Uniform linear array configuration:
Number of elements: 16
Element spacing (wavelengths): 1
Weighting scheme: blackman
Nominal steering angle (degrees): -45
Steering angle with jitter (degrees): -45.348
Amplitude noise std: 0.05
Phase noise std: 0.05

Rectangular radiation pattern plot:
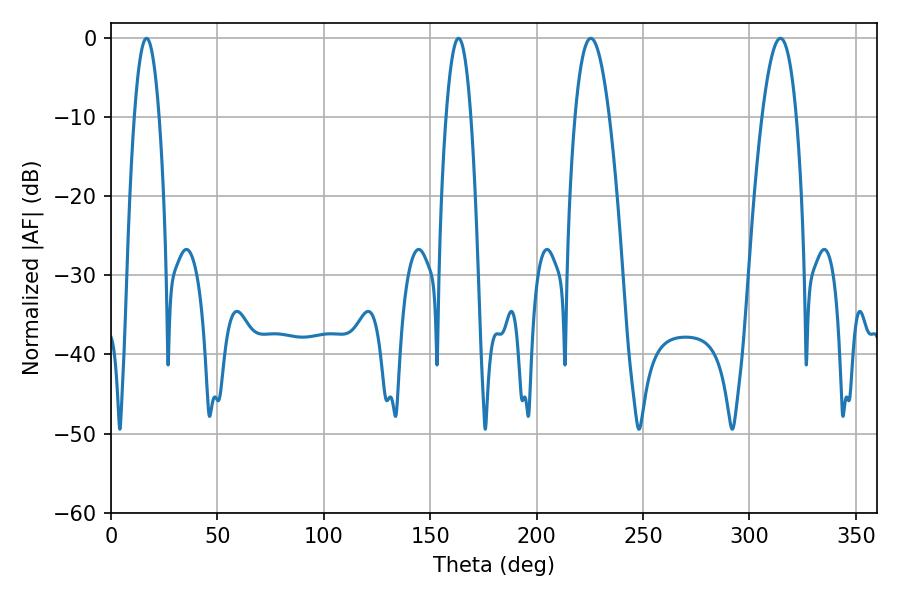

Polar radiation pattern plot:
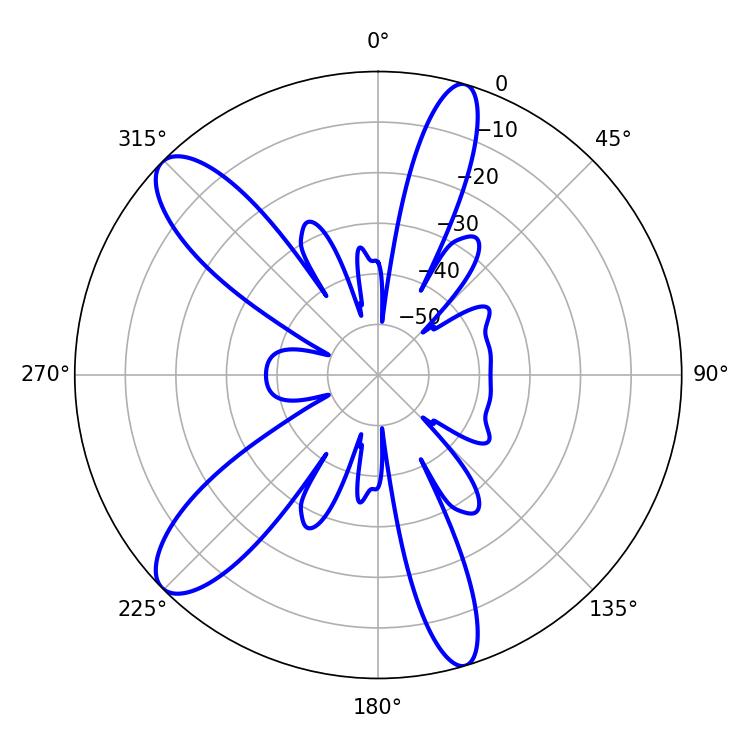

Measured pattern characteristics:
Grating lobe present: TRUE
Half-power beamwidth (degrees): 6.48
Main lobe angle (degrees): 16.74